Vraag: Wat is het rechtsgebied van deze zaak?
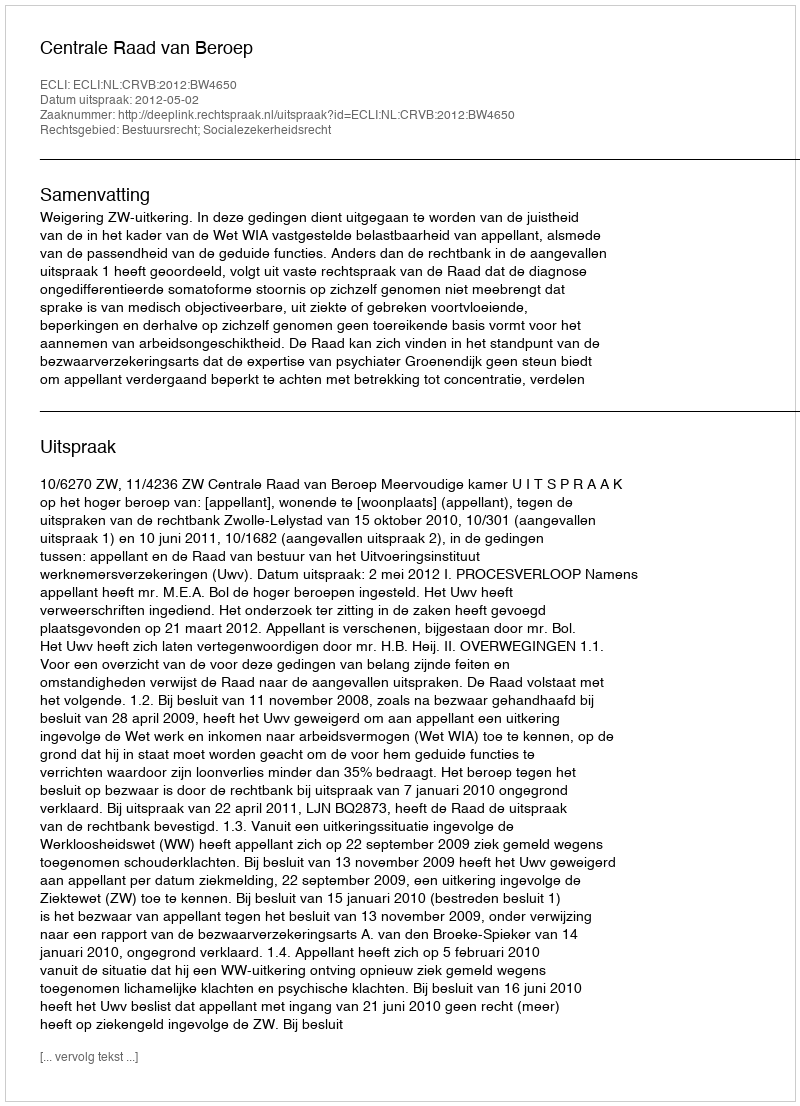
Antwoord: Bestuursrecht; Socialezekerheidsrecht